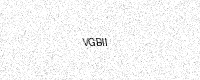
Text: VGBII